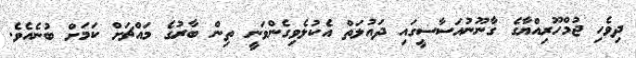
ދިވެހި ޖުމްހޫރިއްޔާގެ ގާނޫނުއަސާސީގައި ދައުލަތް އެކުލެވިގެންވަނީ ތިން ބާރުގެ މައްޗަށް ކަމަށް ބުނެއެވެ.